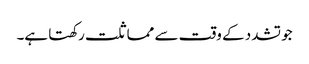
جو تشدد کے وقت سے مماثلت رکھتا ہے۔